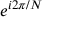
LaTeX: e ^ { i 2 \pi / N }